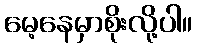
မေ့နေမှာစိုးလို့ပါ။